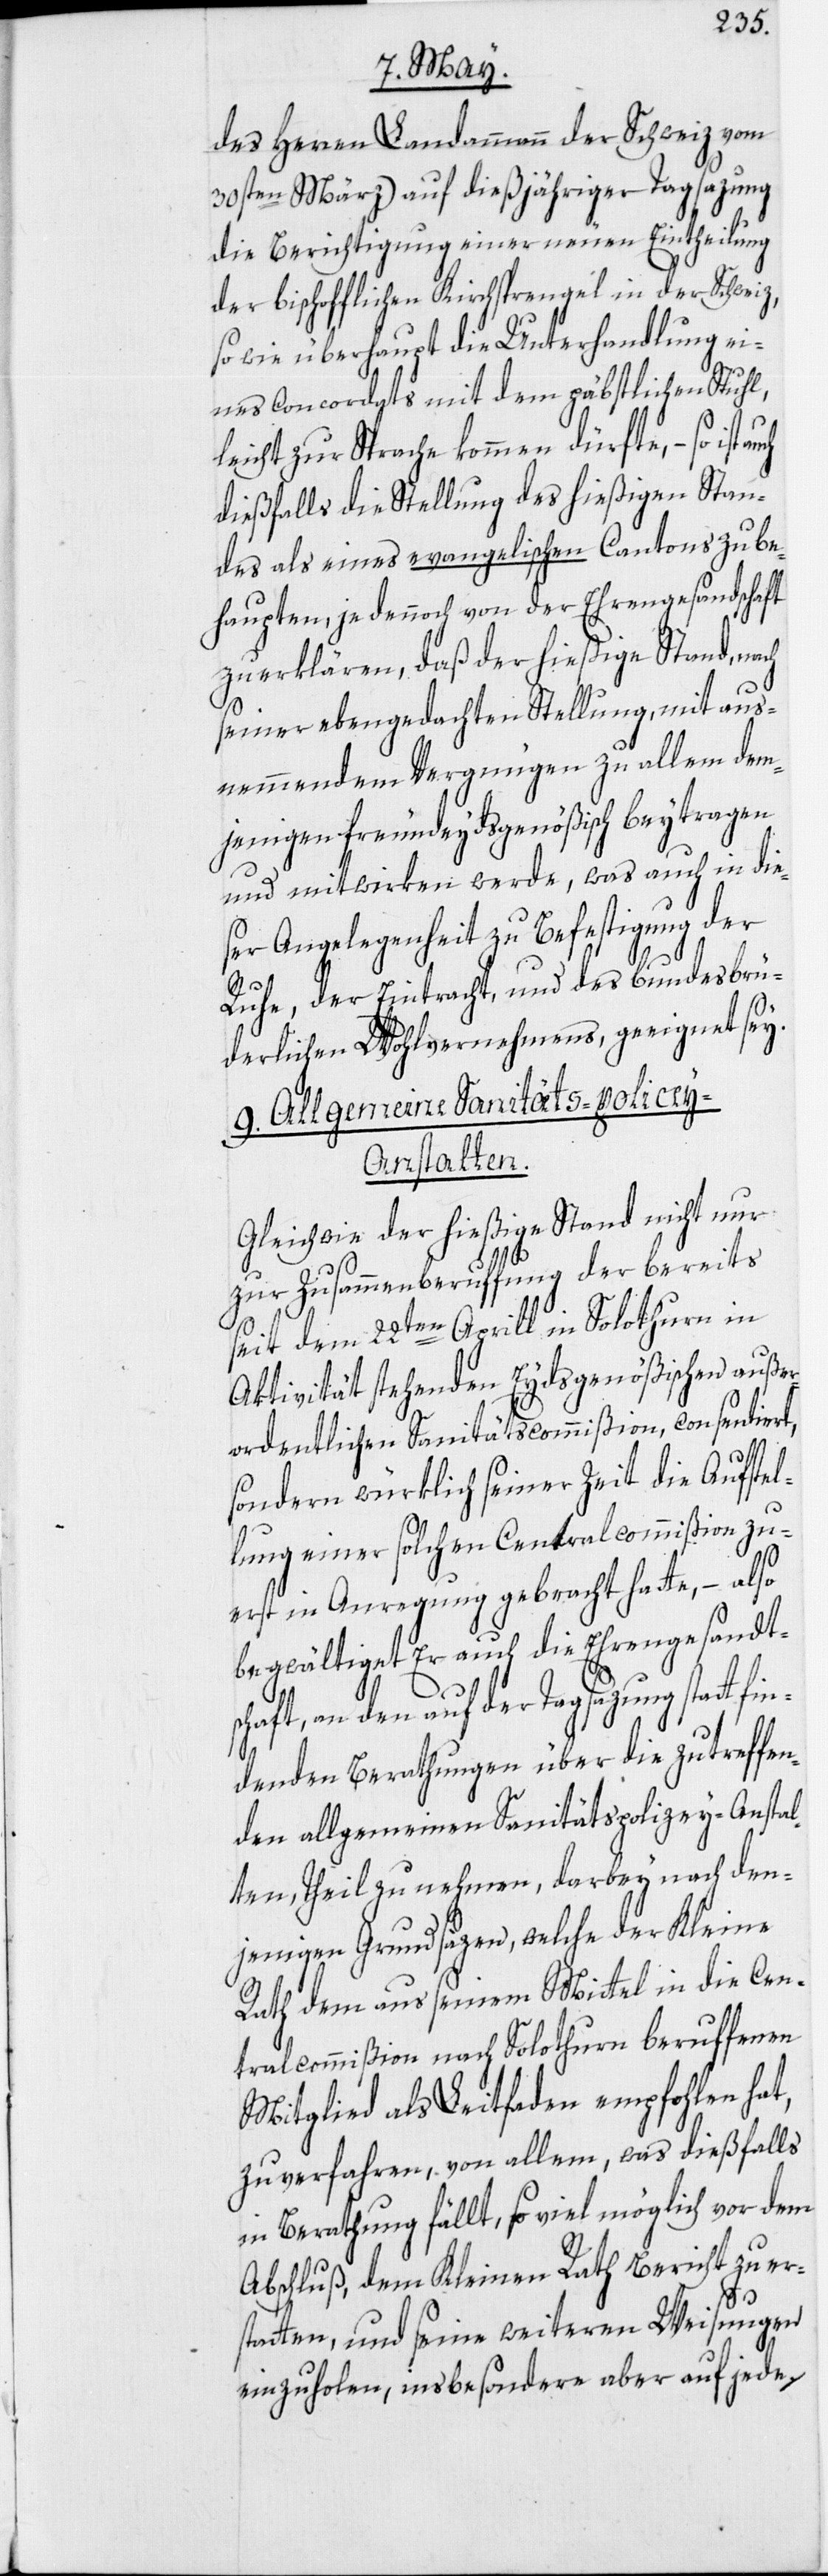
des Herren Landammann der Schweiz vom
30sten März] auf dießjähriger Tagsazung
die Berichtigung einer neuen Eintheilung
der bischofflichen Kirchsprengel in der Schweiz,
so wie überhaupt die Unterhandlung ei¬
nes Concordats mit dem päbstlichen Stuhl,
leicht zur Sprache kommen dürfte, – so ist
dießfalls die Stellung des hießigen Stan¬
des als eines evangelischen Cantons zu be¬
haupten, je dennoch von der Ehrengesandschaft
zu erklären, daß der hießige Stand, nach
seiner ebengedachten Stellung, mit aus¬
nemmendem Vergnügen zu allem dem¬
jenigen freundeydsgenößisch beytragen
und mitwirken werde, was auch in die¬
ser Angelegenheit zu Befestigung der
Ruhe, der Eintracht, und des bundesbrü¬
derlichen Wohlvernehmens, geeignet sey.
9. Allgemeine Sanitäts-Polize¬
y-Anstalten.
Gleichwie der hießige Stand nicht nur
zur Zusammenberuffung der bereits
seit dem 22ten Aprill in Solothurn in
Aktivität stehenden Eydsgenößischen auße¬
rordentlichen Sanitätscommißion, consentiert,
sondern würklich seiner Zeit die Aufstel¬
lung einer solchen Centralcommißion zu¬
erst in Anregung gebracht hatte, – also
begwältiget Er auch die Ehrengesandt¬
schaft, an den auf der Tagsazung statt fin¬
denden Berathungen über die zu treffen¬
den allgemeinen Sanitätspolizey-Anstal¬
ten, Theil zu nehmen, darbey nach den¬
jenigen Grundsäzen, welche der Kleine
Rath dem aus seinem Mittel in die Cen¬
tralcommißion nach Solothurn beruffenen
Mitglied als Leitfaden empfohlen hat,
zu verfahren, von allem, was dießfalls
in Berathung fällt, so viel möglich vor dem
Abschluß, dem Kleinen Rath Bericht zu er¬
statten, und seine weiteren Weisungen
einzuholen, insbesondere aber auf jede